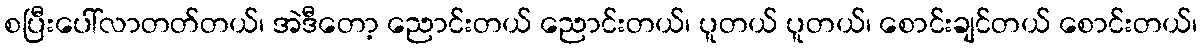
စပြီးပေါ်လာတတ်တယ်၊ အဲဒီတော့ ညောင်းတယ် ညောင်းတယ်၊ ပူတယ် ပူတယ်၊ စောင်းချင်တယ် စောင်းတယ်၊